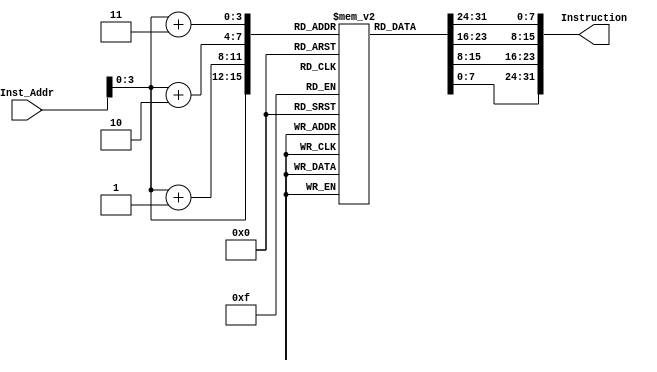
module Instruction_Memory // creating a module of Instruction memory

(

	input [63:0] Inst_Addr, //creating a input  of 64 bit

	output reg[31:0] Instruction //creating an reg output of 32 bit 

);



reg [7:0] register [15:0] ;//creating a 16 registers of 8 bit each

	initial

	begin //putting values in registers

	register[0] = 8'b10000011;

	register[1] = 8'b00110100;

	register[2] = 8'b00000101;

	register[3] = 8'b00001111;

	register[4] = 8'b10110011;

	register[5] = 8'b10000100;

	register[6] = 8'b10011010;

	register[7] = 8'b00000000;

	register[8] = 8'b10010011;

	register[9] = 8'b10000100;

	register[10] = 8'b00010100;

	register[11] = 8'b00000000;

	register[12] = 8'b00100011;

	register[13] = 8'b00111000;

	register[14] = 8'b10010101;

	register[15] = 8'b00001110;

	end

	

	always@(*)

	Instruction = {register[Inst_Addr+3],register[Inst_Addr+2],register[Inst_Addr+1],register[Inst_Addr]};//concatation

	

endmodule